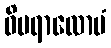
ဝိပရာလောပံ